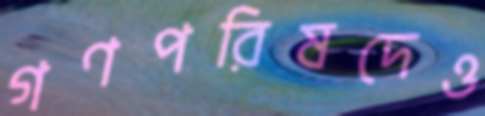
গণপরিষদেও